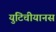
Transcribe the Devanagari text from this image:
युटिचीयानस